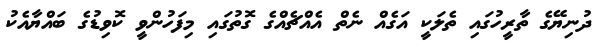
ދުނިޔޭގެ ތާރީހުގައި ތެލަކީ އަގެއް ނެތް އެއްޗެއްގެ ގޮތުގައި މިފަހުންވީ ކޮވިޑުގެ ބައްޔާއެކު